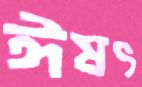
ঈষৎ